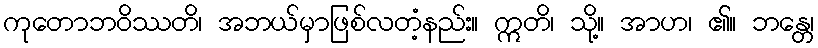
ကုတောဘဝိဿတိ၊ အဘယ်မှာဖြစ်လတံ့နည်း။ ဣတိ၊ သို့။ အာဟ၊ ၏။ ဘန္တေ၊